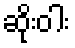
ဆိုးဝါး